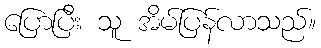
ပြောပြီး သူ အိမ်ပြန်လာသည်။